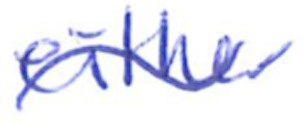
Text: either
Cross-out: wave
Writing tool: ballpoint